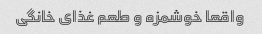
واقعا خوشمزه و طعم غذای خانگی